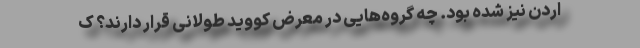
اردن نیز شده بود. چه گروه‌هایی در معرض کووید طولانی قرار دارند؟ ک